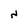
Character: N